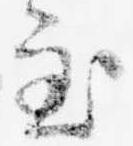
至